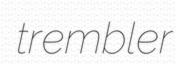
trembler